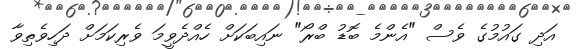
އަދި ގައުމުގެ ވެސް "އެންމެ ބޮޑު ބްރޯ" ނައިބަކަށް ހެއްދެވީމަ ވެރިކަމަށް ދަހިވެތިވާ